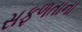
સફળતાના